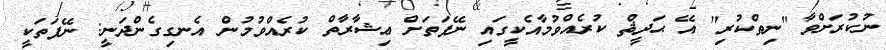
ނުކުރަށްވާ "ނިތްކުރި" އޭ ޙަދީޘް ކުރެއްވުމާއެކީގައި ނޭފަތަށް ޢިޝާރާތް ކުރެއްވުމުން އެނގިގެންދަނީ: ނޭފަތަކީ